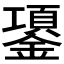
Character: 𰽈